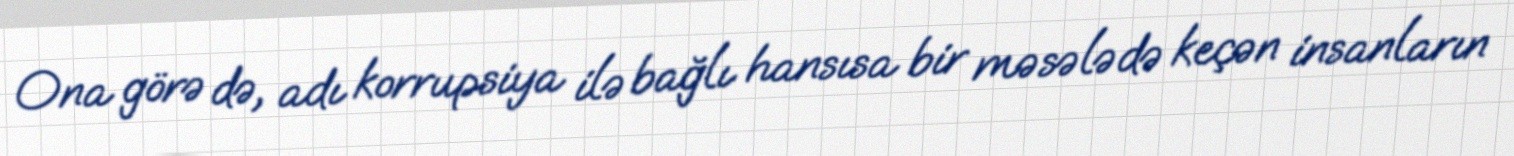
Ona görə də, adı korrupsiya ilə bağlı hansısa bir məsələdə keçən insanların